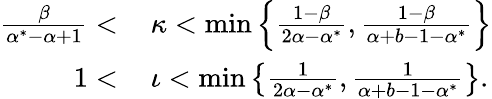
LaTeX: \begin{array}{rl}{\frac{\beta}{\alpha^{*}-\alpha+1}<\, }&{\kappa<\operatorname*{min}\left\{ \frac{1-\beta}{2\alpha-\alpha^{*}},\frac{1-\beta}{\alpha+b-1-\alpha^{*}}\right\} }\\ {1<\, }&{\iota<\operatorname*{min}\left\{ \frac{1}{2\alpha-\alpha^{*}},\frac{1}{\alpha+b-1-\alpha^{*}}\right\} .}\end{array}